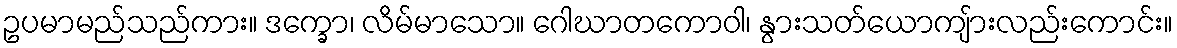
ဥပမာမည်သည်ကား။ ဒက္ခော၊ လိမ်မာသော။ ဂေါဃာတကောဝါ၊ နွားသတ်ယောကျ်ားလည်းကောင်း။